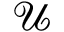
\mathcal { U }